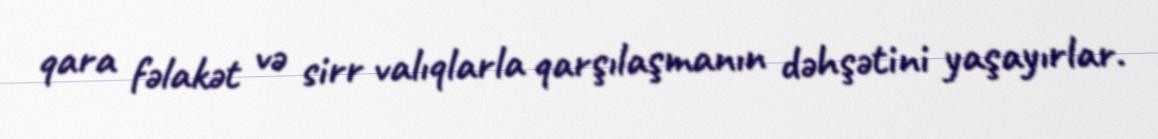
qara fəlakət və sirr valıqlarla qarşılaşmanın dəhşətini yaşayırlar.